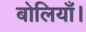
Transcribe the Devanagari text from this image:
बोलियाँ।